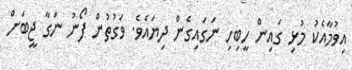
އިވުމާއެކު މުޅި ގައިން ހީބިހި ނަގައިގެން ދިޔައެވެ. ވަގުތުން ފޯނު ނަގާ ޖީބަށް